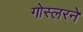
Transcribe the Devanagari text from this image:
गोस्लरने